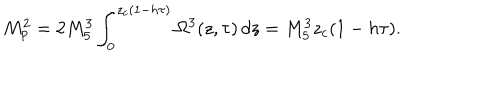
M _ { p } ^ { 2 } = 2 M _ { 5 } ^ { 3 } \int _ { 0 } ^ { z _ { c } ( 1 - h \tau ) } \Omega ^ { 3 } ( z , \tau ) \, d z = M _ { 5 } ^ { 3 } z _ { c } ( 1 - h \tau ) .